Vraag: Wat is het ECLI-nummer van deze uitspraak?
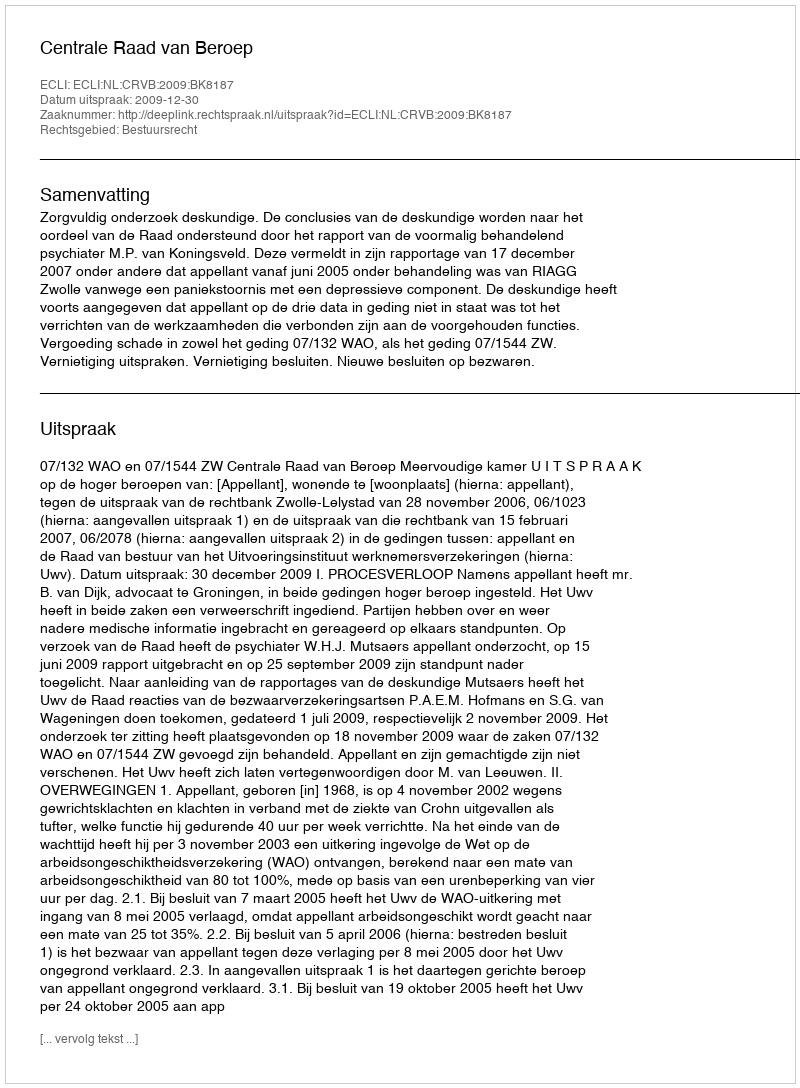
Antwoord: ECLI:NL:CRVB:2009:BK8187